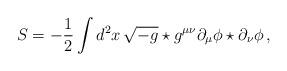
LaTeX: \begin{align*}S=-\frac{1}{2}\int d^2x\,\sqrt{-g}\star g^{\mu\nu}\partial_\mu\phi\star\partial_\nu\phi\,,\end{align*}